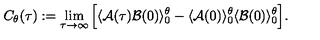
C _ { \theta } ( \tau ) : = \lim _ { \tau \rightarrow \infty } \Big [ \langle { \cal A } ( \tau ) { \cal B } ( 0 ) \rangle _ { 0 } ^ { \theta } - \langle { \cal A } ( 0 ) \rangle _ { 0 } ^ { \theta } \langle { \cal B } ( 0 ) \rangle _ { 0 } ^ { \theta } \Big ] .